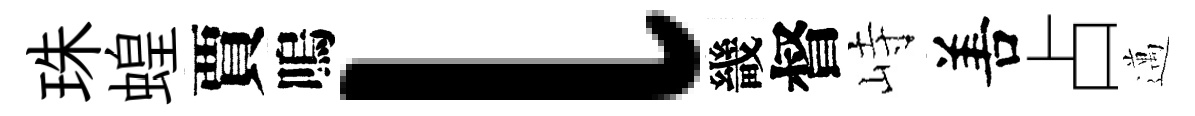
珠蝗賈嗚l畿督峙𠵊占邁